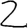
Digit: 2